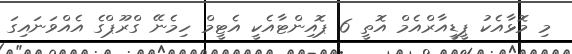
މި މޮޅާއެކު ޕީޑީއާރްއެމް އޮތީ 6 ޕޮއިންޓާއެކީ އެޓީމް ހިމެނޭ ގްރޫޕްގެ އެއްވަނައިގަ